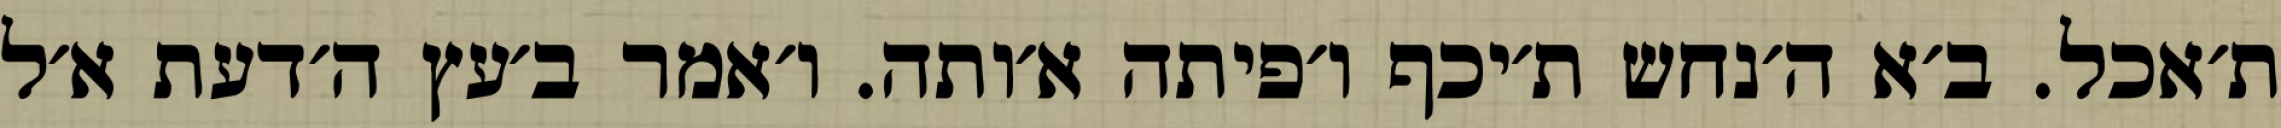
ת׳אכל. ב׳א ה׳נחש ת׳יכף ו׳פיתה א׳ותה. ו׳אמר ב׳עץ ה׳דעת א׳ל